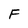
Character: F